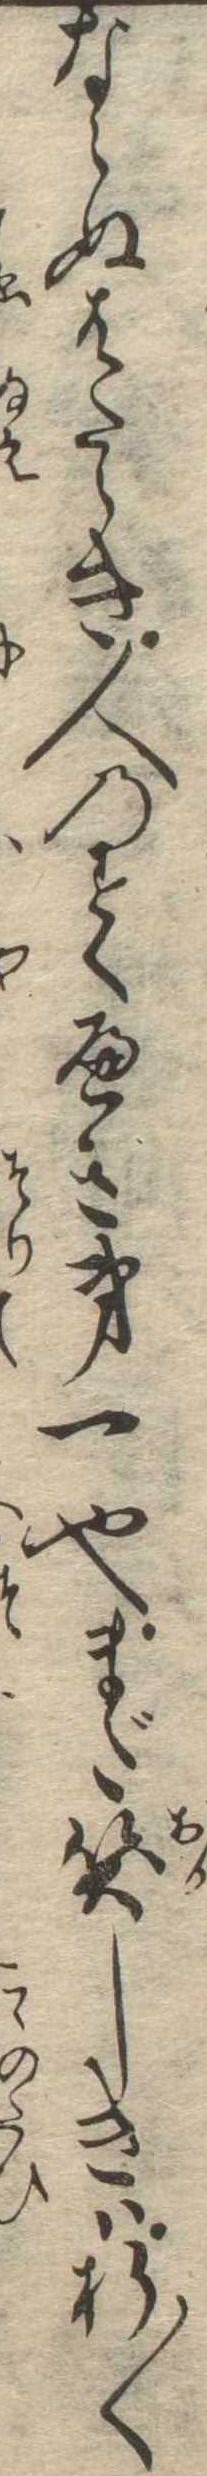
ならぬはたらき人のすくへき第一也まだ笑しきは折〱